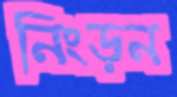
নিংড়ন